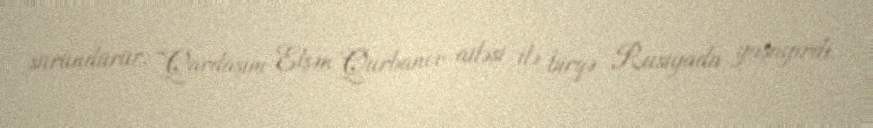
süründürür: “Qardaşım Elşən Qurbanov ailəsi ilə birgə Rusiyada yaşayırdı.